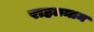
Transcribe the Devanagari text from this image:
राहतमाम